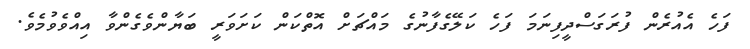
ފަހެ އެއުރެން ފުރަގަސްދީފިނަމަ ފަހެ ކަލޭގެފާނުގެ މައްޗަށް އޮތްކަން ކަށަވަރީ ބަޔާންވެގެންވާ އިއްވެވުމެވެ.